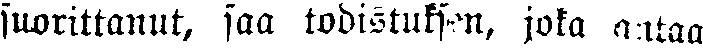
suorittanut, saa todistuksen, joka antaa